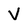
Character: v